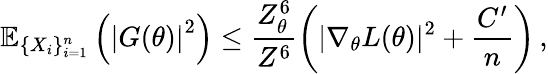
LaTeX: \mathbb{E}_{\{ X_{i}\} _{i=1}^{n}}\left(\left|G(\theta)\right|^{2}\right)\leq\frac{Z_{\theta}^{6}}{Z^{6}}\left(|\nabla_{\theta}L(\theta)|^{2}+\frac{C^{\prime}}{n}\right)\, ,